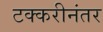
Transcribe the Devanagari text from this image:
टक्करीनंतर